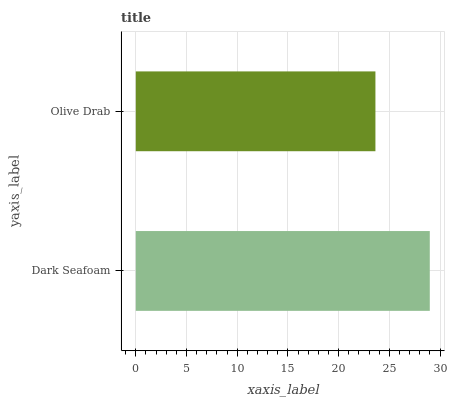
| yaxis_label | bars |
 | --- | --- |
 | Dark Seafoam | 29 |
 | Olive Drab | 23.6 |